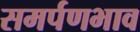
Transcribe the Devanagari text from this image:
समर्पणभाव